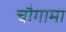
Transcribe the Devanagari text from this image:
चौगामा